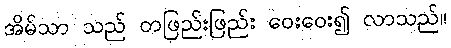
အိမ်သာ သည် တဖြည်းဖြည်း ဝေးဝေး၍ လာသည်။